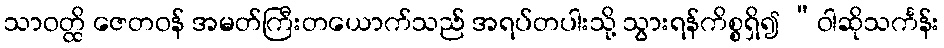
သာဝတ္ထိ ဇေတဝန် အမတ်ကြီးတယောက်သည် အရပ်တပါးသို့ သွားရန်ကိစ္စရှိ၍ “ဝါဆိုသင်္ကန်း